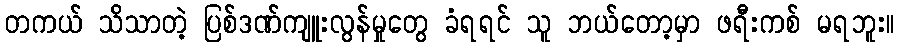
တကယ် သိသာတဲ့ ပြစ်ဒဏ်ကျူးလွန်မှုတွေ ခံရရင် သူ ဘယ်တော့မှာ ဖရီးကစ် မရဘူး။